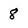
Character: 8